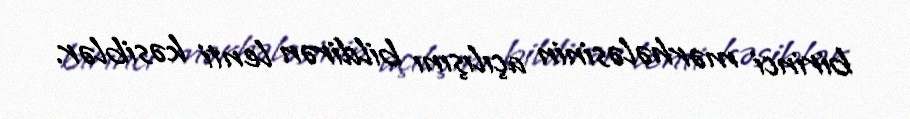
birinci mərhələsinin açılışını bildirən lenti kəsiblər.